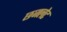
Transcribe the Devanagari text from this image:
छजलेट